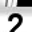
Digit: 2